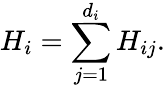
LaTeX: H_{i}=\sum_{j=1}^{d_{i}}H_{ij}.